Report on the working of the mental hospitals for Indians in Bihar and Orissa - 1925-1929
Year: 1925
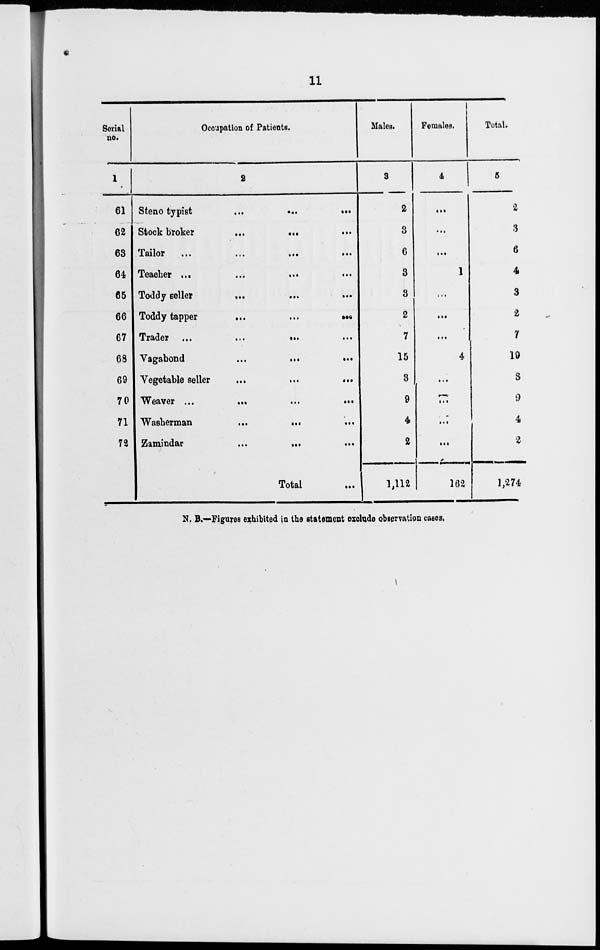
11
Serial
no.
1
61
62
63
64
65
66
67
68
69
70
71
73
Occupation of Patients.
2
Steno typist
...
...
...
Stock broker
...
...
Tailor
...
...
...
...
Teacher ... ... ... ...
Toddy Beller ... ... ...
Toddy tapper
...
...
...
Trader ...
...
...
Vagabond
...
...
...
Vegetable seller
...
...
...
Weaver
...
...
...
Washerman
...
...
...
Zamindar
...
...
...
Total ...
Males.
3
2
3
6
3
3
2
7
15
3
9
4
2
1, 112
Females.
4
...
...
...
1
. ..
...
...
4
...
...
...
...
162
Total.
5
2
3
6
4
3
2
7
19
3
9
4
2
1,274
N. B.—Figures exhibited in the statement exclude observation cases.